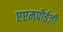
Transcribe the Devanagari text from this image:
एएमपीईजी